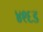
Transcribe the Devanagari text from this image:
४९६ड